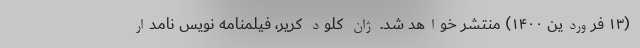
(۱۳ فروردین ۱۴۰۰) منتشر خواهد شد. ژان کلود کریر، فیلمنامه‌ نویس نامدار